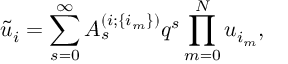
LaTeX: \tilde { u } _ { i } = \sum _ { s = 0 } ^ { \infty } A _ { s } ^ { ( i ; \{ i _ { m } \} ) } q ^ { s } \prod _ { m = 0 } ^ { N } u _ { i _ { m } } ,